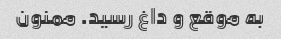
به موقع و داغ رسید. ممنون